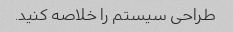
طراحی سیستم را خلاصه کنید.